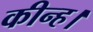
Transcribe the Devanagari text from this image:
कीन्ह।